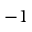
- 1